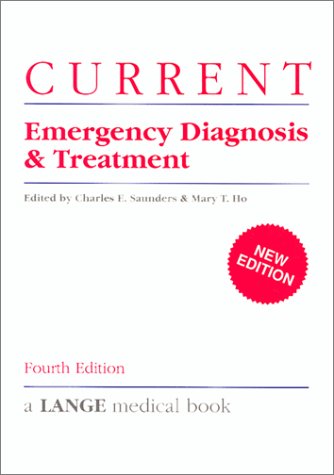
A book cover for Current Emergency Diagnosis and Treatment; Charles E. Saunders; Medical Books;